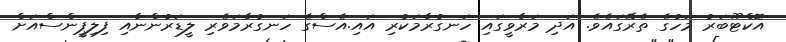
އޮކްޓޫބަރު މަހުގެ ތެރޭގައެވެ. އަދި މަރާވީގައި ހަނގުރާމަކުރި އައި.އެސްގެ ހަނގުރާމަވެރި ލީޑަރުންނާއި ފިލިޕީންސްއަށް